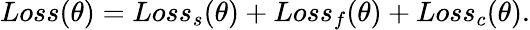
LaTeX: Loss(\theta)=Loss_{s}(\theta)+Loss_{f}(\theta)+Loss_{c}(\theta).